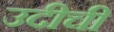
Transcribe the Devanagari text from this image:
उदीची